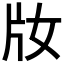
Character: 𤖩